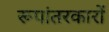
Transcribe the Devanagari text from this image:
रूपांतरकारों